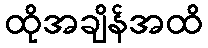
ထိုအချိန်အထိ